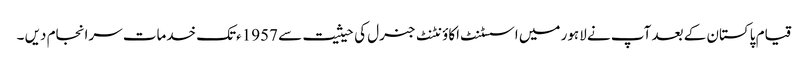
قیام پاکستان کے بعد آپ نے لاہور میں اسسٹنٹ اکاؤنٹنٹ جنرل کی حیثیت سے 1957ءتک خدمات سرانجام دیں ۔